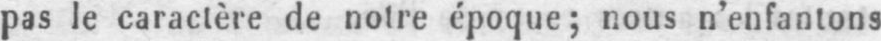
pas le caractère de notre époque; nous n’enfantons